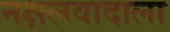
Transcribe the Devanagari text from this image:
नक्षलवादाला